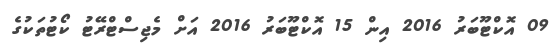
09 އޮކްޓޫބަރު 2016 އިން 15 އޮކްޓޫބަރު 2016 އަށް މެޖިސްޓްރޭޓު ކޯޓުތަކުގެ